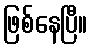
ဖြစ်နေပြီ။